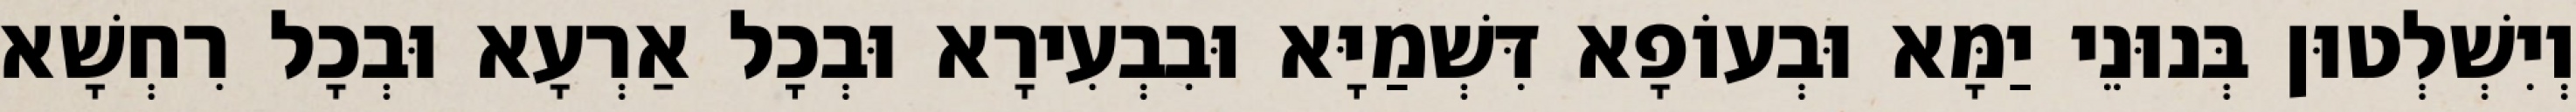
וְיִשְׁלְטוּן בְּנוּנֵי יַמָּא וּבְעוֹפָא דִּשְׁמַיָּא וּבִבְעִירָא וּבְכָל אַרְעָא וּבְכָל רִחְשָׁא